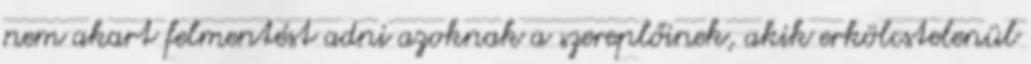
nem akart felmentést adni azoknak a szereplőinek, akik erkölcstelenül